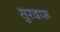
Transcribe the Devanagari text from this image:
सुरदारू